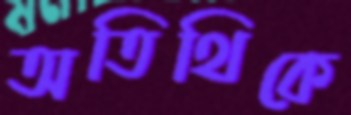
অতিথিকে